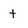
Character: t